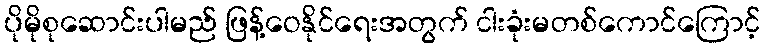
ပိုမိုစုဆောင်းပါမည် ဖြန့်ဝေနိုင်ရေးအတွက် ငါးခုံးမတစ်ကောင်ကြောင့်